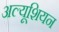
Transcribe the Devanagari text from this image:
अल्यूशियन